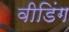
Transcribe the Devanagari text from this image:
वीडिंग